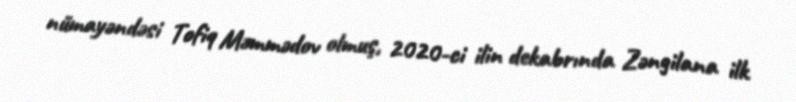
nümayəndəsi Tofiq Məmmədov olmuş, 2020-ci ilin dekabrında Zəngilana ilk